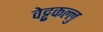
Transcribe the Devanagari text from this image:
वेट्टुकल्लु